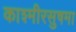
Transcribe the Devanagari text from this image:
काश्मीरसुषमा